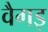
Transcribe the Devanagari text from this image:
वैगइ